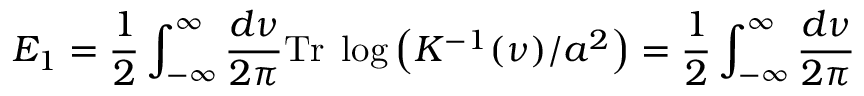
E _ { 1 } = \frac 1 2 \int _ { - \infty } ^ { \infty } \frac { d \nu } { 2 \pi } \mathrm { T r } \; \log \left( K ^ { - 1 } ( \nu ) / a ^ { 2 } \right) = \frac 1 2 \int _ { - \infty } ^ { \infty } \frac { d \nu } { 2 \pi }